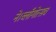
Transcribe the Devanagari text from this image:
ने।ब्लॉगोत्सव